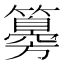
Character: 𥵨